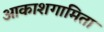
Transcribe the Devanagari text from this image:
आकाशगामिता